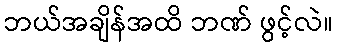
ဘယ်အချိန်အထိ ဘဏ် ဖွင့်လဲ။